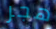
هجر